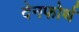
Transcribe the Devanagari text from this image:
देनफोर्थ